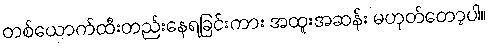
တစ်ယောက်ထီးတည်းနေရခြင်းကား အထူးအဆန်း မဟုတ်တော့ပါ။